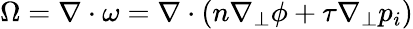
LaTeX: \Omega=\nabla\cdot\omega=\nabla\cdot(n\nabla_{\perp}\phi+\tau\nabla_{\perp}p_{i})